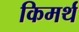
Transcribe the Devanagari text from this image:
किमर्थ